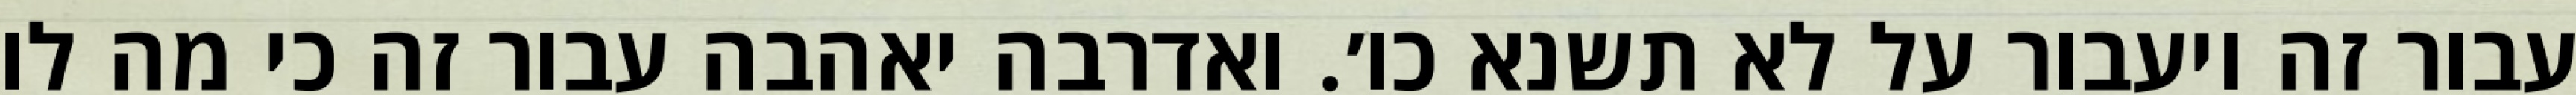
עבור זה ויעבור על לא תשנא כו׳. ואדרבה יאהבה עבור זה כי מה לו